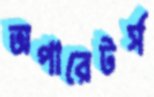
অপারেটর্স